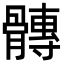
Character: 𮪴